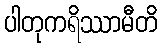
ပါတုကရိဿာမီတိ